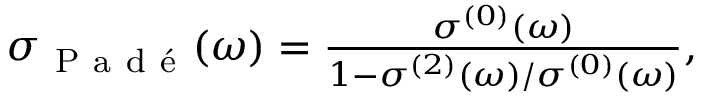
\begin{array} { r } { \sigma _ { \mathrm { ~ P ~ a ~ d ~ é ~ } } ( \omega ) = \frac { \sigma ^ { ( 0 ) } ( \omega ) } { 1 - \sigma ^ { ( 2 ) } ( \omega ) / \sigma ^ { ( 0 ) } ( \omega ) } , } \end{array}